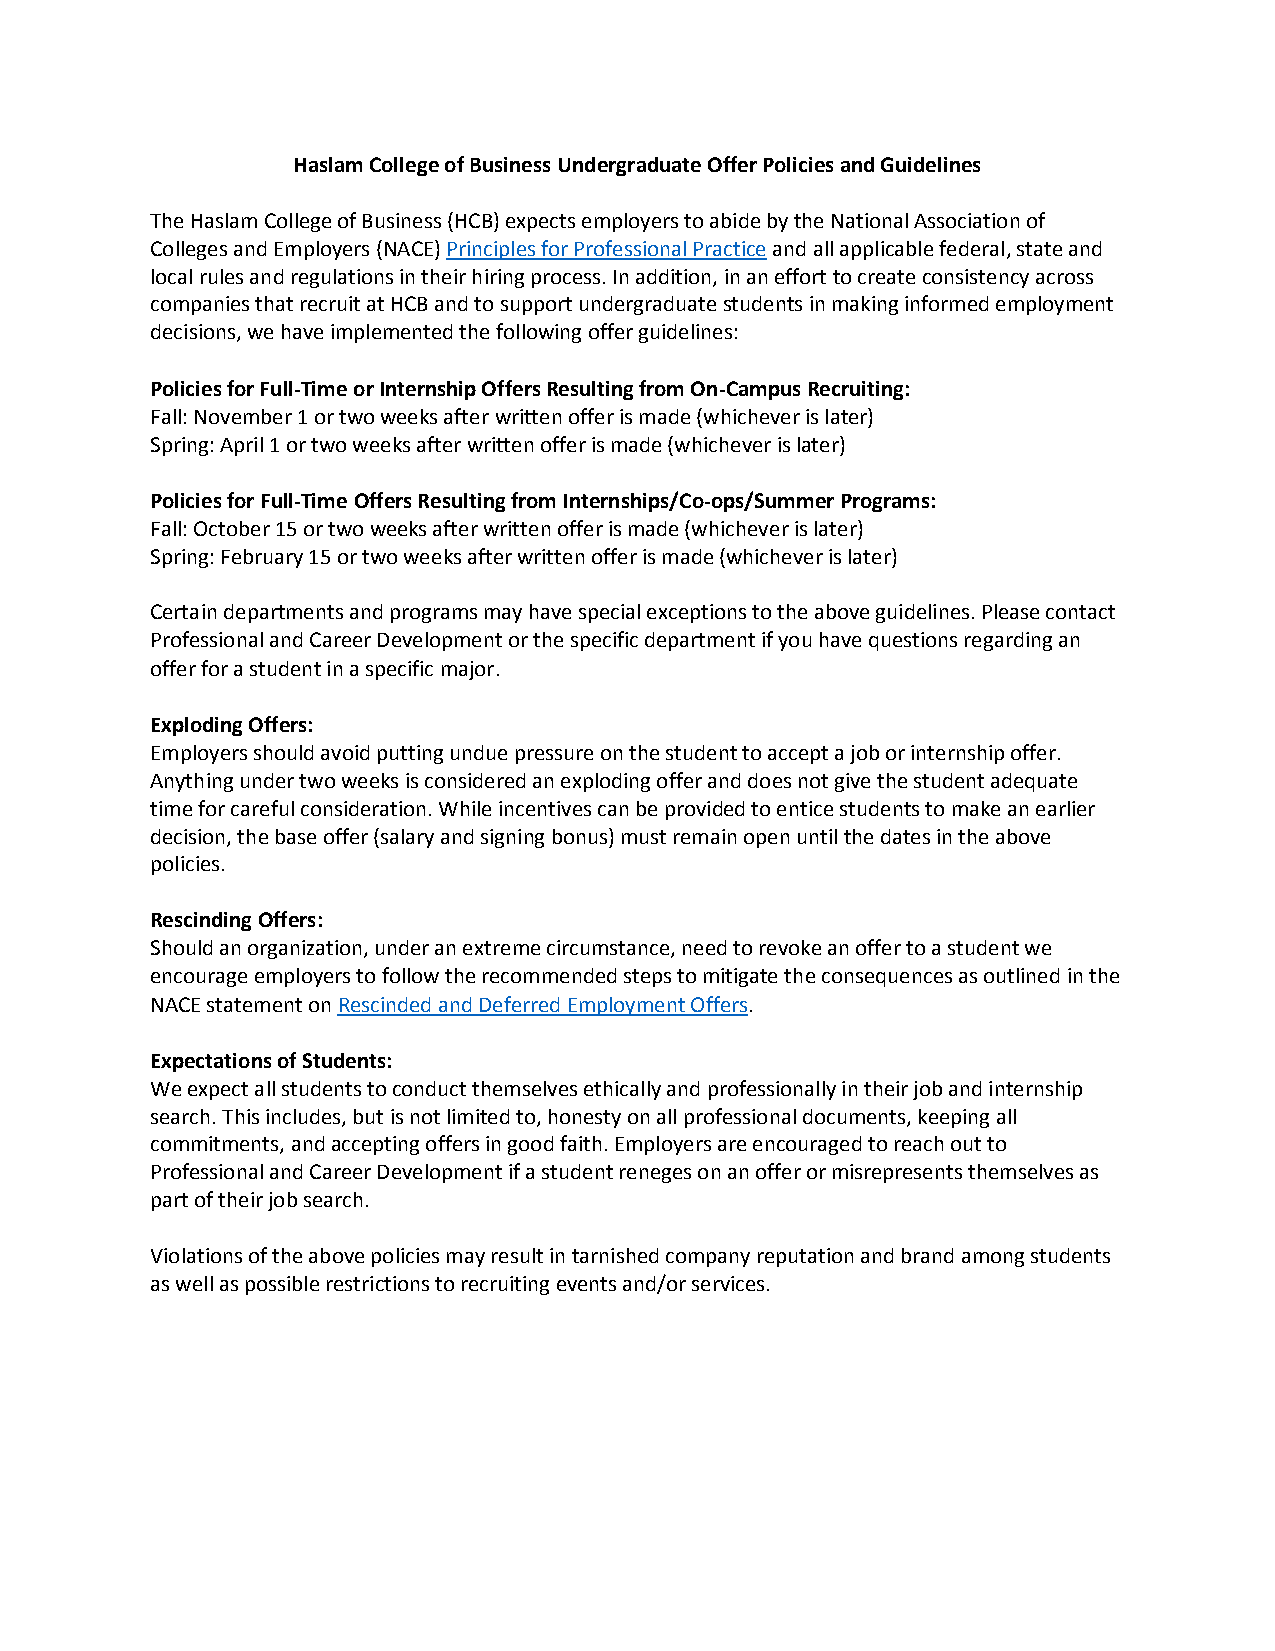
Haslam College of Business Undergraduate Offer Policies and Guidelines
 The Haslam College of Business (HCB) expects employers to abide by the National Association of
 Colleges and Employers (NACE) Principles for Professional Practice and all applicable federal, state and
 local rules and regulations in their hiring process. In addition, in an effort to create consistency across
 companies that recruit at HCB and to support undergraduate students in making informed employment
 decisions, we have implemented the following offer guidelines:
 Policies for Full-Time or Internship Offers Resulting from On-Campus Recruiting:
 Fall: November 1 or two weeks after written offer is made (whichever is later)
 Spring: April 1 or two weeks after written offer is made (whichever is later)
 Policies for Full-Time Offers Resulting from Internships/Co-ops/Summer Programs:
 Fall: October 15 or two weeks after written offer is made (whichever is later)
 Spring: February 15 or two weeks after written offer is made (whichever is later)
 Certain departments and programs may have special exceptions to the above guidelines. Please contact
 Professional and Career Development or the specific department if you have questions regarding an
 offer for a student in a specific major.
 Exploding Offers:
 Employers should avoid putting undue pressure on the student to accept a job or internship offer.
 Anything under two weeks is considered an exploding offer and does not give the student adequate
 time for careful consideration. While incentives can be provided to entice students to make an earlier
 decision, the base offer (salary and signing bonus) must remain open until the dates in the above
 policies.
 Rescinding Offers:
 Should an organization, under an extreme circumstance, need to revoke an offer to a student we
 encourage employers to follow the recommended steps to mitigate the consequences as outlined in the
 NACE statement on Rescinded and Deferred Employment Offers.
 Expectations of Students:
 We expect all students to conduct themselves ethically and professionally in their job and internship
 search. This includes, but is not limited to, honesty on all professional documents, keeping all
 commitments, and accepting offers in good faith. Employers are encouraged to reach out to
 Professional and Career Development if a student reneges on an offer or misrepresents themselves as
 part of their job search.
 Violations of the above policies may result in tarnished company reputation and brand among students
 as well as possible restrictions to recruiting events and/or services.